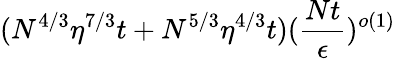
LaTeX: (N^{4/3}\eta^{7/3}t+N^{5/3}\eta^{4/3}t)(\frac{Nt}{\epsilon})^{o(1)}